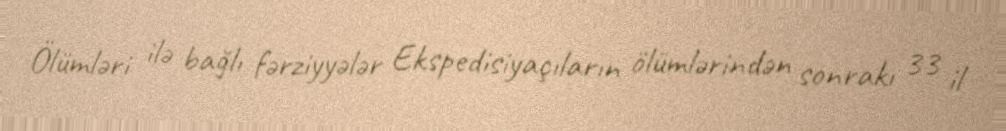
Ölümləri ilə bağlı fərziyyələr Ekspedisiyaçıların ölümlərindən sonrakı 33 il